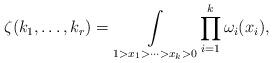
LaTeX: \begin{align*} \zeta(k_1,\ldots,k_r)=\underset{1>x_1>\cdots>x_k>0}{\int}\prod_{i=1}^k\omega_i(x_i),\end{align*}